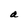
Character: a